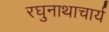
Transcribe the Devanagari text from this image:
रघुनाथाचार्य